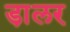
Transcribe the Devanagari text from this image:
डा़लर